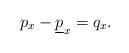
LaTeX: \begin{align*}p_{x}-\underline{p}_{x}=q_{x}.\end{align*}